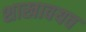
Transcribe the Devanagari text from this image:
शाखावयव